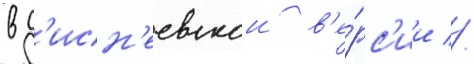
в д'исн'еевскои в'е́рс'ии //